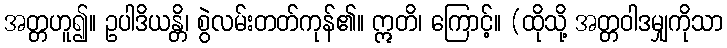
အတ္တဟူ၍။ ဥပါဒိယန္တိ၊ စွဲလမ်းတတ်ကုန်၏။ ဣတိ၊ ကြောင့်။ (ထိုသို့ အတ္တဝါဒမျှကိုသာ